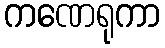
ကဏေရုကာ